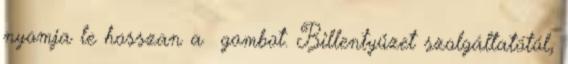
nyomja le hosszan a gombot. Billentyűzet szolgáltatótól,